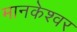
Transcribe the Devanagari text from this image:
मानकेश्वर